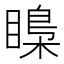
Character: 𥉼